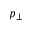
p _ { \bot }